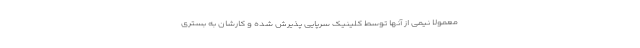
معمولا نیمی از آنها توسط کلینیک سرپایی پذیرش شده و کارشان به بستری